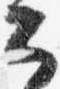
公